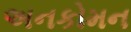
અનકોમન